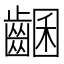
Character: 𪘩